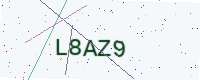
Text: L8AZ9